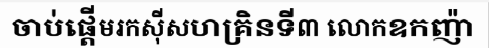
ចាប់ផ្តើមរកស៊ីសហគ្រិនទី៣ លោកឧកញ៉ា